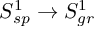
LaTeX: S _ { s p } ^ { 1 } \rightarrow S _ { g r } ^ { 1 }